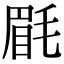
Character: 𣮮